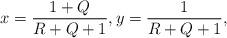
LaTeX: \begin{align*}x=\frac{1+Q}{R+Q+1},y=\frac{1}{R+Q+1},\end{align*}